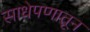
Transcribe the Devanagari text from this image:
साधेपणातून